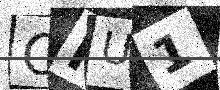
Text: ONU1